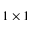
1 \times 1